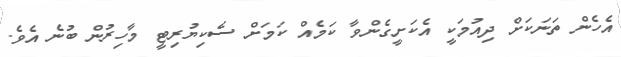
އެހެން ތަނަކަށް ދިއުމަކީ އެކަށީގެންވާ ކަމެއް ކަމަށް ސެކިޔުރިޓީ މާހިރުން ބުނެ އެވެ.